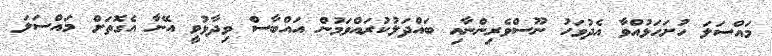
މައްސަލަ ހުށަހަޅުއްވާ އެދުވަހު ނޫސްވެރިންނާއި ބައްދަލުކުރައްވަމުން އައްބާސް ވިދާޅުވީ އޭނާ އެގޮތަށް މައްސަލަ